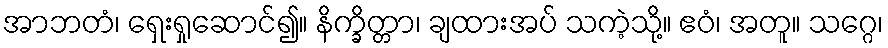
အာဘတံ၊ ရှေးရှုဆောင်၍။ နိက္ခိတ္တာ၊ ချထားအပ် သကဲ့သို့။ ဧဝံ၊ အတူ။ သဂ္ဂေ၊